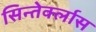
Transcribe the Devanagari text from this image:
सिन्तेर्क्लास